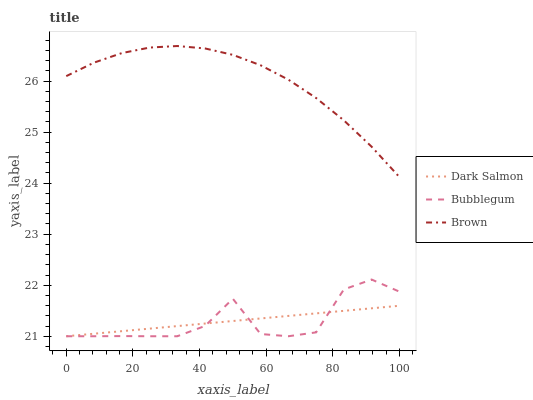
| xaxis_label | Dark Salmon | Bubblegum | Brown |
 | --- | --- | --- | --- |
 | 0 | 21 | 21 | 26.1 |
 | 8.33 | 21 | 21 | 26.4 |
 | 16.7 | 21.1 | 21 | 26.5 |
 | 25 | 21.1 | 21 | 26.7 |
 | 33.3 | 21.2 | 21 | 26.7 |
 | 41.7 | 21.2 | 21.2 | 26.6 |
 | 50 | 21.3 | 21.7 | 26.5 |
 | 58.3 | 21.3 | 21 | 26.3 |
 | 66.7 | 21.4 | 21 | 26 |
 | 75 | 21.4 | 21.1 | 25.7 |
 | 83.3 | 21.5 | 21.9 | 25.2 |
 | 91.7 | 21.5 | 22.1 | 24.7 |
 | 100 | 21.6 | 21.9 | 24.1 |